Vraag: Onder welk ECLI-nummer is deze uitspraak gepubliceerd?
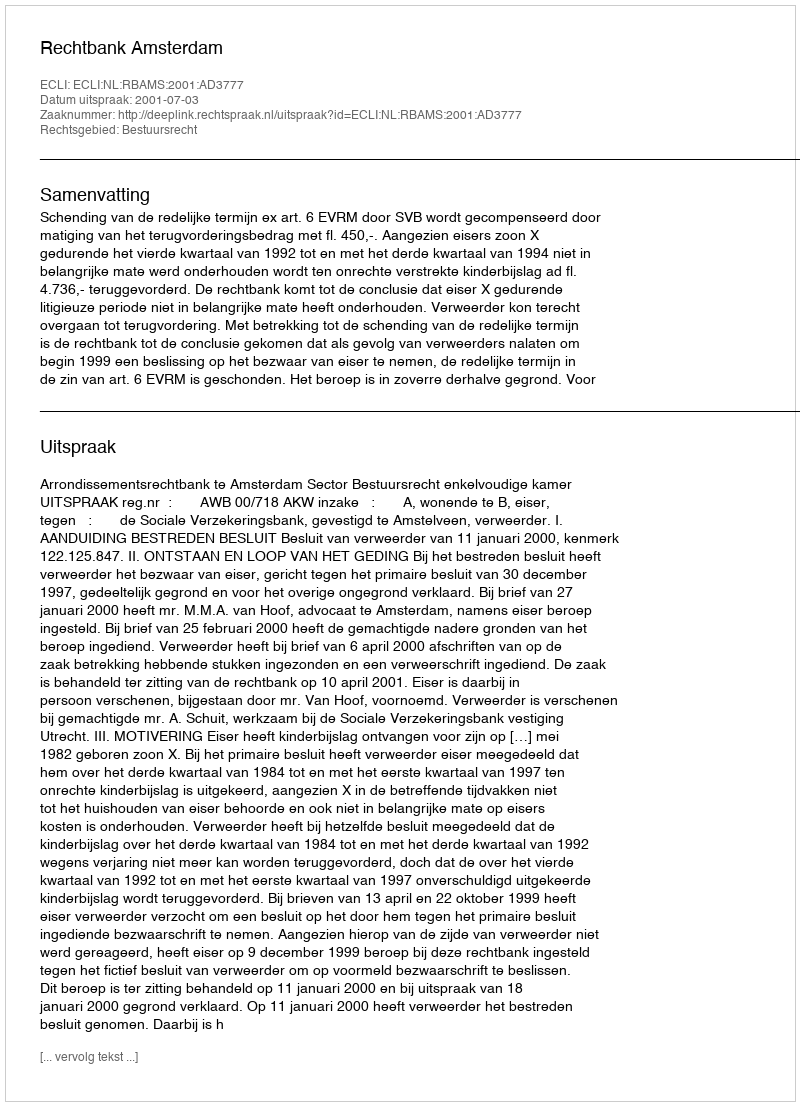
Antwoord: ECLI:NL:RBAMS:2001:AD3777